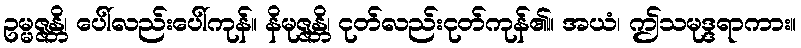
ဥမ္မဇ္ဇန္တိ၊ ပေါ်လည်းပေါ်ကုန်။ နိမုဇ္ဇန္တိ၊ ငုတ်လည်းငုတ်ကုန်၏။ အယံ၊ ဤသမုဒ္ဒရာကား။